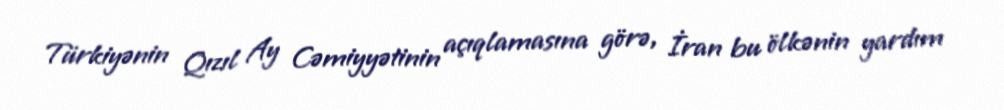
Türkiyənin Qızıl Ay Cəmiyyətinin açıqlamasına görə, İran bu ölkənin yardım